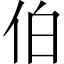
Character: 伯